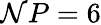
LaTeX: \mathcal{N}P=6